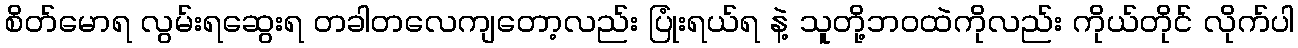
စိတ်မောရ လွမ်းရဆွေးရ တခါတလေကျတော့လည်း ပြုံးရယ်ရ နဲ့ သူတို့ဘဝထဲကိုလည်း ကိုယ်တိုင် လိုက်ပါ